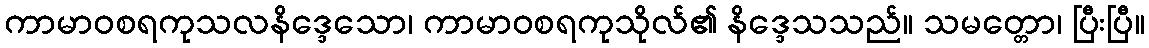
ကာမာဝစရကုသလနိဒ္ဒေသော၊ ကာမာဝစရကုသိုလ်၏ နိဒ္ဒေသသည်။ သမတ္တော၊ ပြီးပြီ။